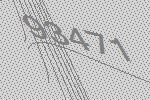
93471